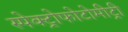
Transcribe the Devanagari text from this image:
स्पेक्ट्रोफोटोमीट्री